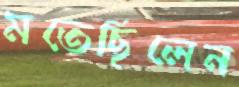
মতেছিলেন